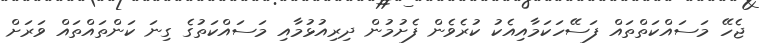
ޖެހޭ މަސައްކަތްތައް ފަސޭހަކަމާއިއެކު ކުރެވެން ފެށުމުން ދިރިއުޅުމާއި މަސައްކަތުގެ ގިނަ ކަންތައްތައް ވަރަށް